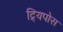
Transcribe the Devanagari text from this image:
ट्र्यिपोस